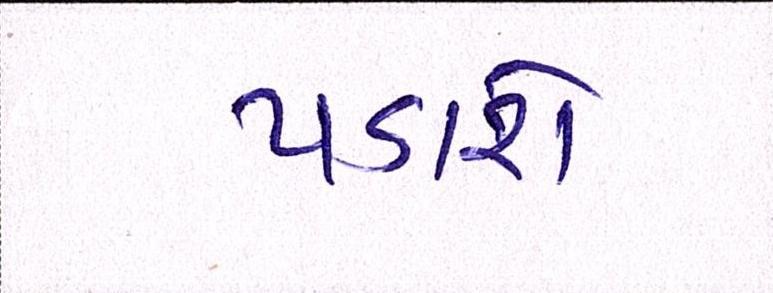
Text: પડાશે